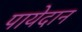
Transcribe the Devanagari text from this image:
पायेदान